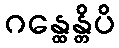
ဂန္ထေန္တိပိ